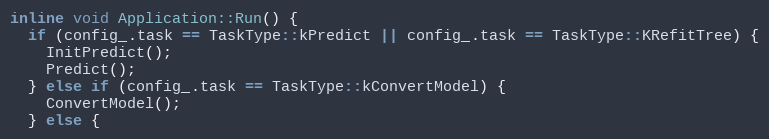
Language: C
inline void Application::Run() {
  if (config_.task == TaskType::kPredict || config_.task == TaskType::KRefitTree) {
    InitPredict();
    Predict();
  } else if (config_.task == TaskType::kConvertModel) {
    ConvertModel();
  } else {